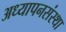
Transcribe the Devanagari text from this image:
अध्यापनसंस्था